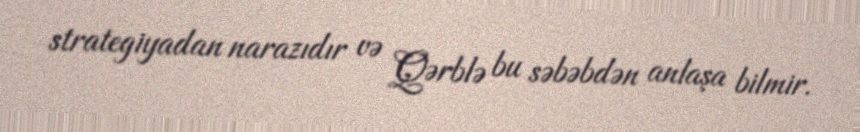
strategiyadan narazıdır və Qərblə bu səbəbdən anlaşa bilmir.